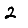
Digit: 2